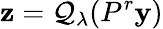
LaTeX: \mathbf{z}=\mathcal{Q}_{\lambda}(P^{r}\textbf{y})